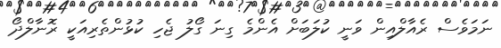
ނަމަވެސް ރެއާލްއިން ވަނީ ކުލަބަށް އެންމެ ގިނަ ގޯލު ޖެހި ކުޅުންތެރިއަކީ ރޮނާލްދޯ